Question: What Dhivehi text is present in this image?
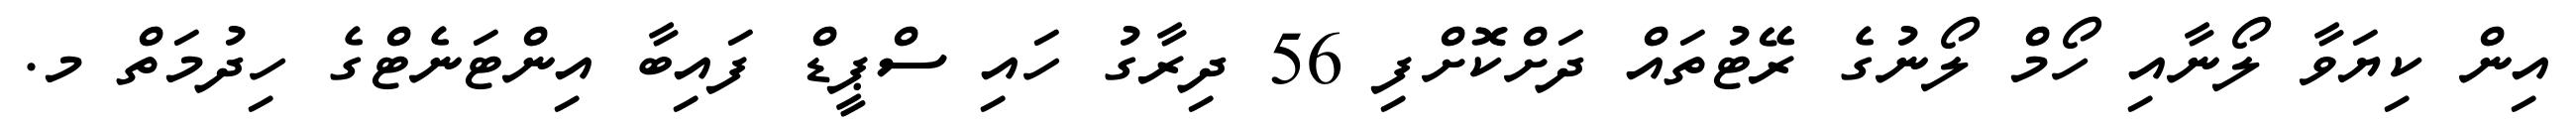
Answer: އިން ކިޔަވާ ލޯނާއި ހޯމް ލޯނުގެ ރޭޓުތައް ދަށްކޮށްފި 56 ދިރާގު ހައި ސްޕީޑް ފައިބާ އިންޓަނެޓްގެ ހިދުމަތް މ.